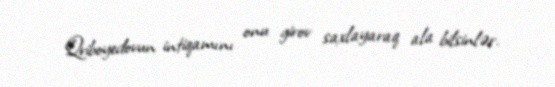
Qriboyedovun intiqamını onu girov saxlayaraq ala bilsinlər.